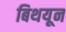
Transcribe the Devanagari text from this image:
बिथयून